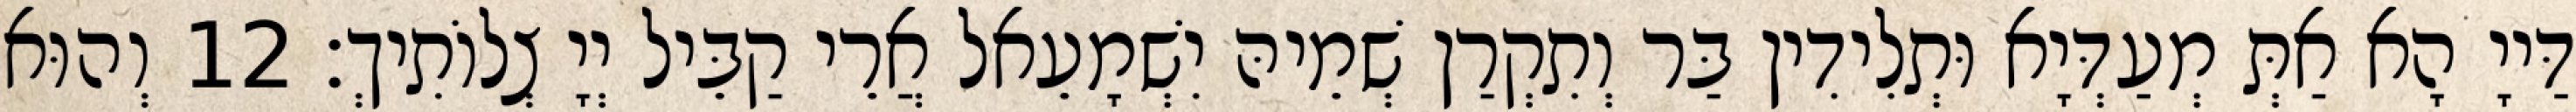
דַּייָ הָא אַתְּ מְעַדְּיָא וּתְלִידִין בַּר וְתִקְרַן שְׁמֵיהּ יִשְׁמָעֵאל אֲרֵי קַבֵּיל יְיָ צְלוֹתִיךְ׃ 12 וְהוּא